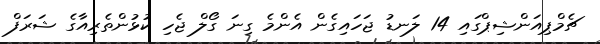
ޗެމްޕިއަންޝިޕްގައި 14 ލަނޑު ޖަހައިގެން އެންމެ ގިނަ ގޯލް ޖެހި ކުޅުންތެރިއާގެ ޝަރަފް